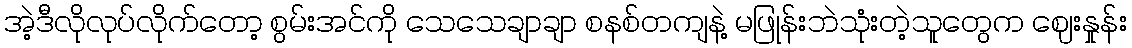
အဲ့ဒီလိုလုပ်လိုက်တော့ စွမ်းအင်ကို သေသေချာချာ စနစ်တကျနဲ့ မဖြုန်းဘဲသုံးတဲ့သူတွေက ဈေးနှုန်း